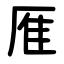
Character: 㕍